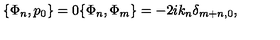
\{ \Phi _ { n } , p _ { 0 } \} = 0 \{ \Phi _ { n } , \Phi _ { m } \} = - 2 i k _ { n } \delta _ { m + n , 0 } ,